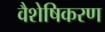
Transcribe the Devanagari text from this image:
वैशेषिकरण